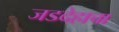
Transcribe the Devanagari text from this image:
जडदेहाचा